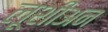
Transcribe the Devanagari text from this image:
लूशीअन